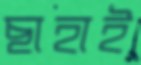
ছাহাই